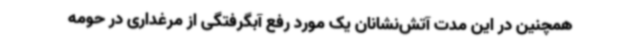
همچنین در این مدت آتش‌نشانان یک مورد رفع آبگرفتگی از مرغداری در حومه